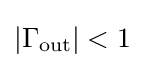
\left|\Gamma _{\mathrm {out} }\right|<1